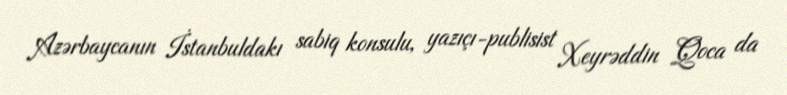
Azərbaycanın İstanbuldakı sabiq konsulu, yazıçı-publisist Xeyrəddin Qoca da